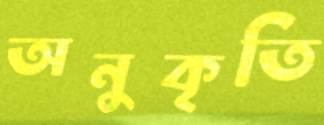
অনুকৃতি